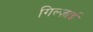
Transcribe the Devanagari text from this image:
गिल्ज़ाई